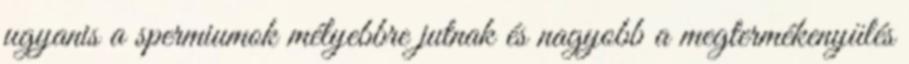
ugyanis a spermiumok mélyebbre jutnak és nagyobb a megtermékenyülés